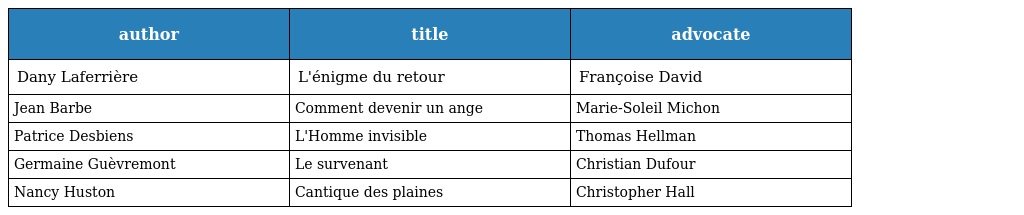
| author | title | advocate |
 | --- | --- | --- |
 | Dany Laferrière | L'énigme du retour | Françoise David |
 | Jean Barbe | Comment devenir un ange | Marie-Soleil Michon |
 | Patrice Desbiens | L'Homme invisible | Thomas Hellman |
 | Germaine Guèvremont | Le survenant | Christian Dufour |
 | Nancy Huston | Cantique des plaines | Christopher Hall |